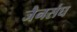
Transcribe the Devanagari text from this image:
जैनसंघ